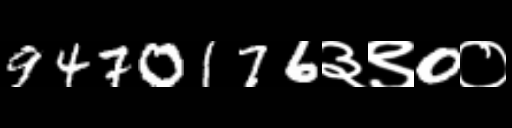
Text: 9470176३९0०